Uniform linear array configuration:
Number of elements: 64
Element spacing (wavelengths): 0.5
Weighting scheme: hann
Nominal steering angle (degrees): -45
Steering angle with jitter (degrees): -46.776
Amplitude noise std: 0.05
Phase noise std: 0.05

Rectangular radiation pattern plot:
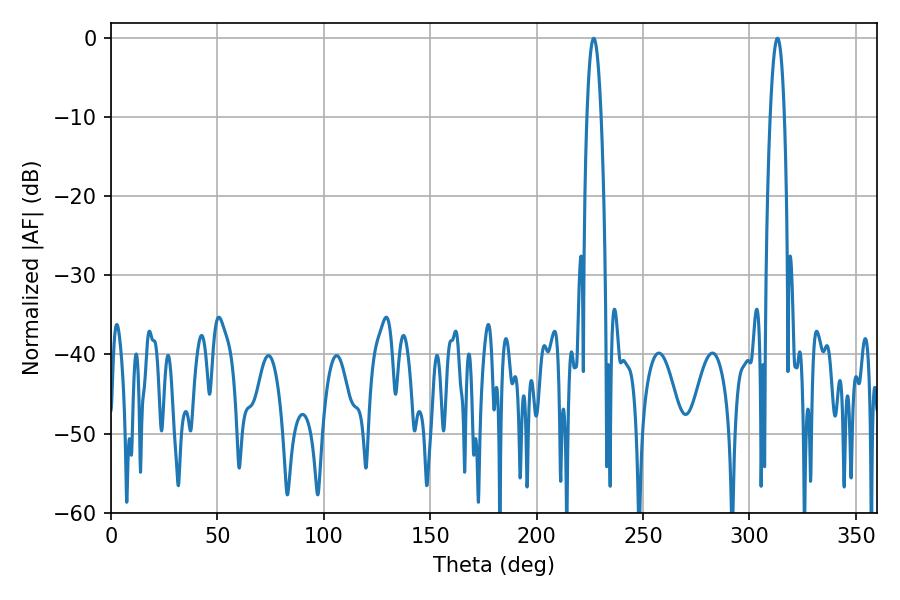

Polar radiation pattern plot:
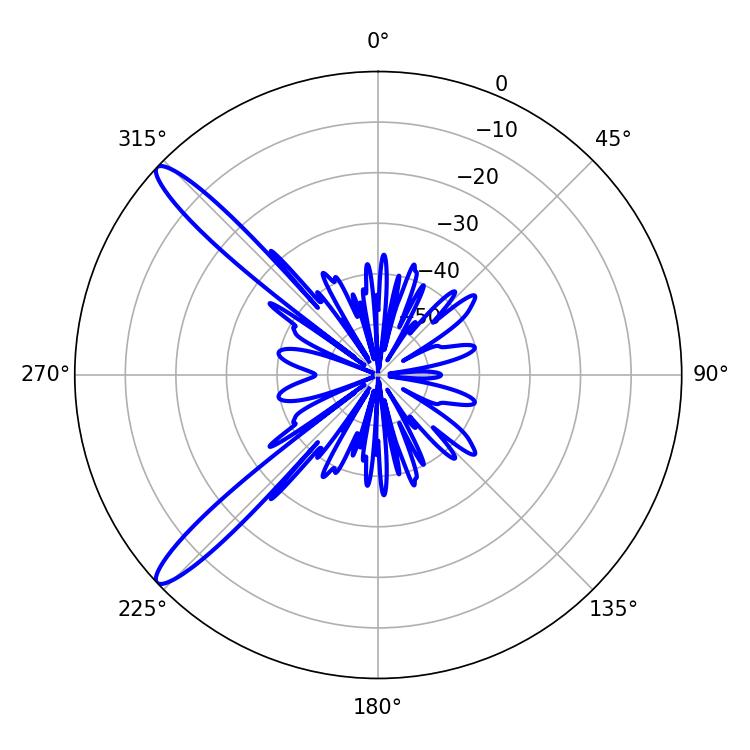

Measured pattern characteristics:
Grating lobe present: FALSE
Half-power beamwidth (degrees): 3.6
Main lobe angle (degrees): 226.8